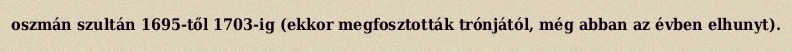
oszmán szultán 1695-től 1703-ig (ekkor megfosztották trónjától, még abban az évben elhunyt).